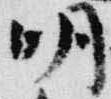
明